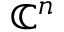
\mathbb { C } ^ { n }